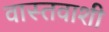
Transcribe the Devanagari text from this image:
वास्तवाशी